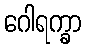
ဂေါရက္ခာ